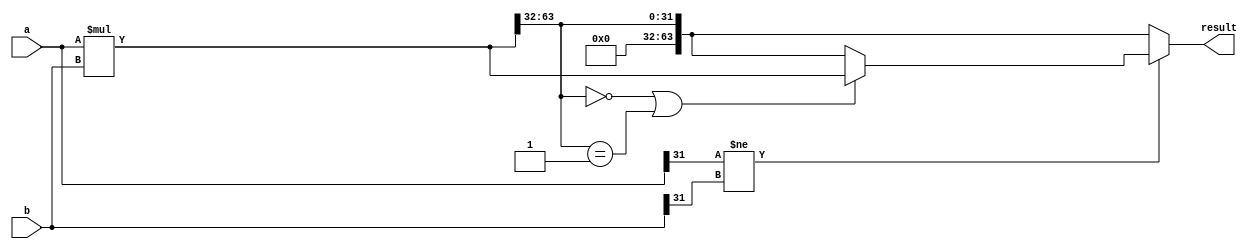
module signed_multiplier(
    input signed [31:0] a,
    input signed [31:0] b,
    output reg signed [63:0] result
);

reg signed [63:0] temp_result;

always @(*)
begin
    temp_result = a * b;
    if (a[31] != b[31])
    begin
        if (temp_result[63:32] == 32'b0 || temp_result[63:32] == 32'b1)
            result = temp_result;
        else
            result = temp_result[63:32];
    end
    else 
        result = temp_result[63:32];
end

endmodule